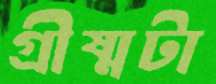
গ্রীষ্মটা